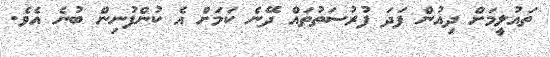
ތައުލީމަށް ދިއުން ފަދަ ފުރުސަތުތައް ދޭނެ ކަމަށް އެ ކުންފުނިން ބުނެ އެވެ.